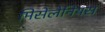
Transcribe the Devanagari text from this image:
मिसेलेनियस